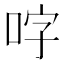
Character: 𭇬